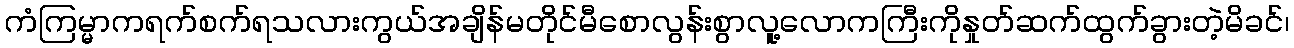
ကံကြမ္မာကရက်စက်ရသလားကွယ်အချိန်မတိုင်မီစောလွန်းစွာလူ့လောကကြီးကိုနှုတ်ဆက်ထွက်ခွားတဲ့မိခင်၊